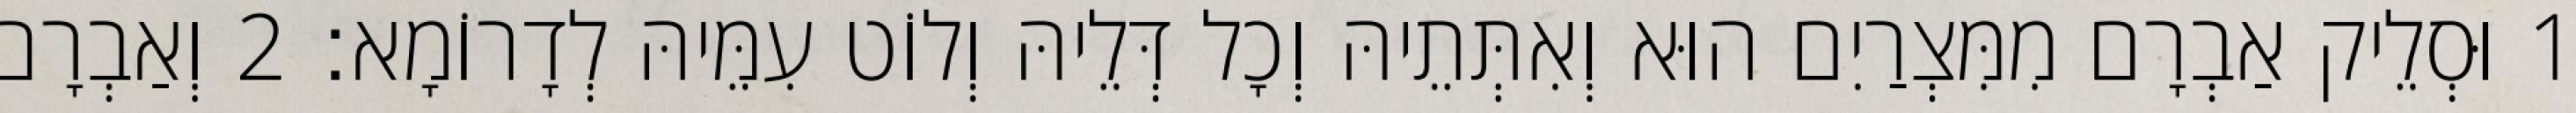
1 וּסְלֵיק אַבְרָם מִמִּצְרַיִם הוּא וְאִתְּתֵיהּ וְכָל דְּלֵיהּ וְלוֹט עִמֵּיהּ לְדָרוֹמָא׃ 2 וְאַבְרָם